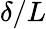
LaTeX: \delta/L